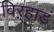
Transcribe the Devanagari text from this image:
बिऱ्हाडं